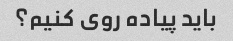
باید پیاده روی کنیم؟